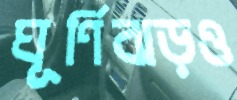
ঘূর্ণিঝড়ও